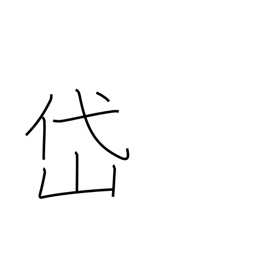
Meaning: Taishan